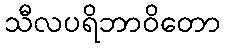
သီလပရိဘာဝိတော